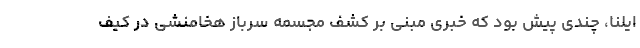
ایلنا، چندی پیش بود که خبری مبنی بر کشف مجسمه سرباز هخامنشی در کیف